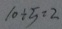
1 0 \div 5 = 2